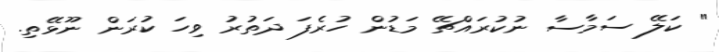
" ކަލޭ ސަމާސާ ނުކުރައްޗޭ މަޑުން ހުރެފަ ދަތުރު ވިހަ ކުރަން ނޫޅޭތި.